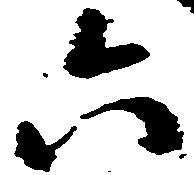
六